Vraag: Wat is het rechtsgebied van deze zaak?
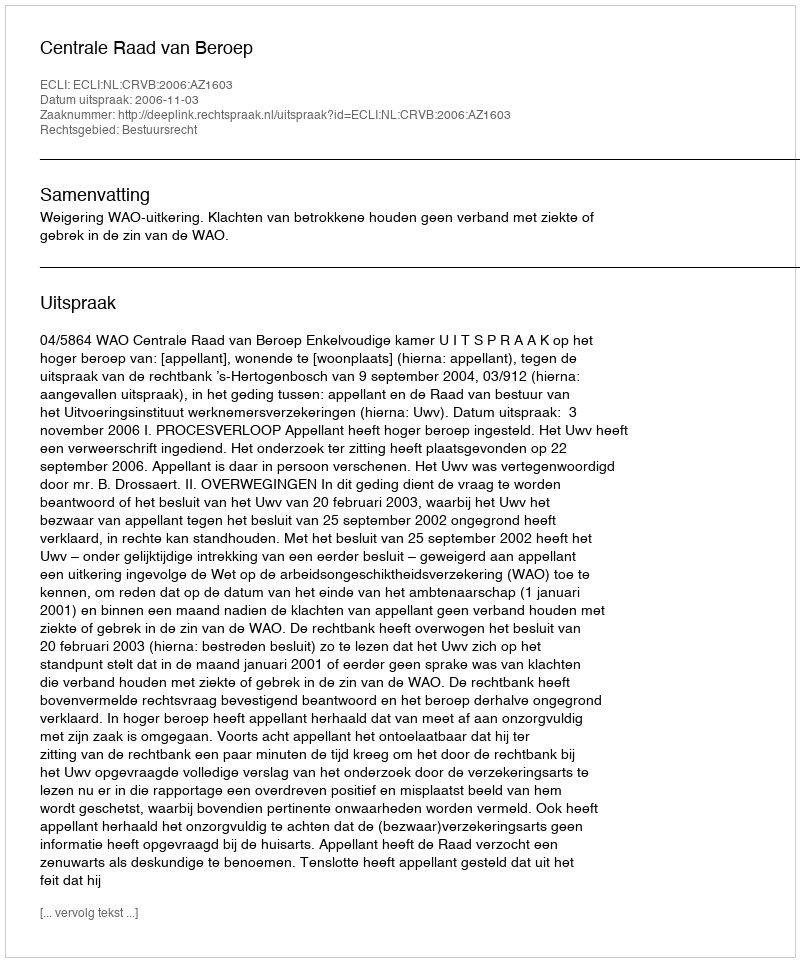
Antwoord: Bestuursrecht